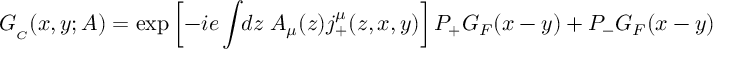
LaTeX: G _ { _ C } ( x , y ; A ) = \exp \left[ - i e \int \! \! d z \; A _ { \mu } ( z ) j _ { + } ^ { \mu } ( z , x , y ) \right] P _ { + } G _ { F } ( x - y ) + P _ { - } G _ { F } ( x - y )